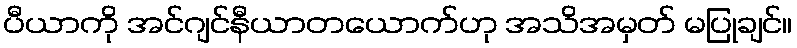
ပီယာကို အင်ဂျင်နီယာတယောက်ဟု အသိအမှတ် မပြုချင်။